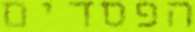
הפסדים